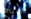
ألاباما